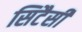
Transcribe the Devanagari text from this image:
सिटैसी